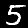
Digit: 5